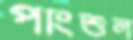
পাংশুল